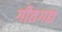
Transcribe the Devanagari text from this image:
गीतगद्य